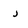
Character: j